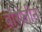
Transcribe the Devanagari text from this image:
बोरोलीन